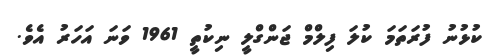
ކުޅުނު ފުރަތަމަ ކުލަ ފިލްމް ޖަންގްލީ ނިކުތީ 1961 ވަނަ އަހަރު އެވެ.